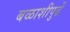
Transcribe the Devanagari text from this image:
बळाशीपुढें